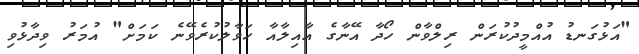
"އަޅުގަނޑު އުއްމީދުކުރަން ރިލްވާން ހޯދާ އޭނާގެ އާއިލާއާ ހަވާލުކުރެވޭނެ ކަމަށް" އުމަރު ވިދާޅުވި